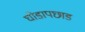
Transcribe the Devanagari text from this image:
घोडापछाड